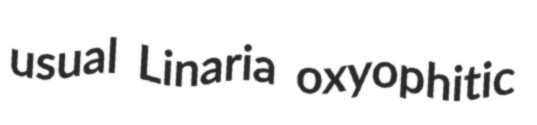
usual Linaria oxyophitic